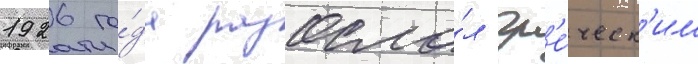
1926 го́да разосла́л гр'е́ческ'им